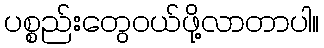
ပစ္စည်းတွေဝယ်ဖို့လာတာပါ။